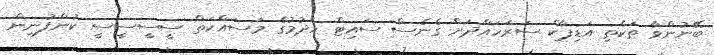
ބޭނުންވާ ތަކެތި އަޑިޕާކް ސަރަހައްދަށް ގެނެސް ސައިޓް ހެދުމުގެ މަސައްކަތް ސީސީސީސީ ކުންފުނިން